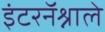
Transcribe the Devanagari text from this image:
इंटरनॅश्नाले